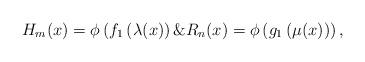
LaTeX: \begin{align*}H_m(x)=\phi\left(f_{1}\left(\lambda(x\right)\right)\& R_n(x)=\phi\left(g_{1}\left(\mu(x)\right)\right),\end{align*}